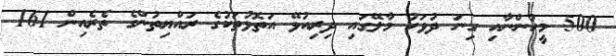
500 މީހުންނާއި ގިނަ ދުވަހު މާލޭގައި ދިރިއުޅޭ އަތޮޅުތަކުގެ ރައްޔިތުންގެ ތެރެއިން 161